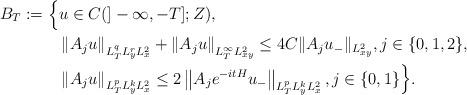
LaTeX: \begin{align*} B_T:=\Big\{ & u\in C(]-\infty,-T];Z),\\&\left\| A_j u\right\|_{L^q_TL^r_yL^2_x} + \left\| A_j u\right\|_{L^\infty_TL^2_{xy}} \le 4C \|A_ju_-\|_{L^2_{xy}}, j\in \{0,1,2\},\\& \left\| A_j u\right\|_{L^p_T L^k_yL^2_x} \le 2 \left\| A_j e^{-itH}u_-\right\|_{L^p_T L^k_yL^2_x} ,j\in \{0,1\}\Big\}. \end{align*}